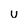
Character: u